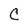
Character: C